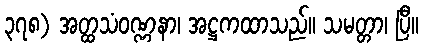
၃၇၈) အတ္ထသံဝဏ္ဏနာ၊ အဋ္ဌကထာသည်။ သမတ္တာ၊ ပြီ။